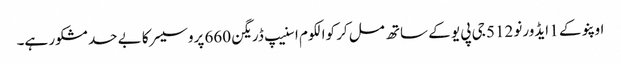
اوپنو کے 1 ایڈورنو 512 جی پی یو کے ساتھ مل کر کوالکوم اسنیپ ڈریگن 660 پروسیسر کا بے حد مشکور ہے۔